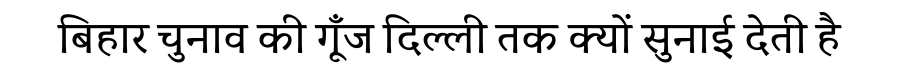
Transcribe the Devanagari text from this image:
बिहार चुनाव की गूँज दिल्ली तक क्यों सुनाई देती है